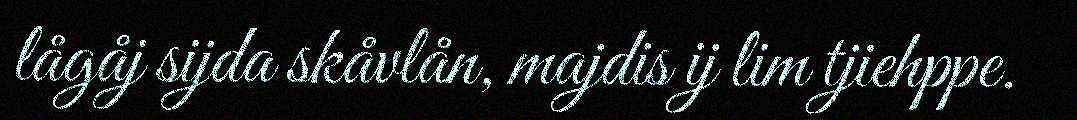
lågåj sijda skåvlån, majdis ij lim tjiehppe.